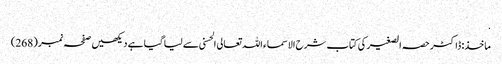
.
ماخذ: ڈاکٹر حصہ الصغیر کی کتاب شرح الاسماء اللہ تعالی الحسنی سے لیا گیا ہے دیکھیں صفحہ نمبر (268)